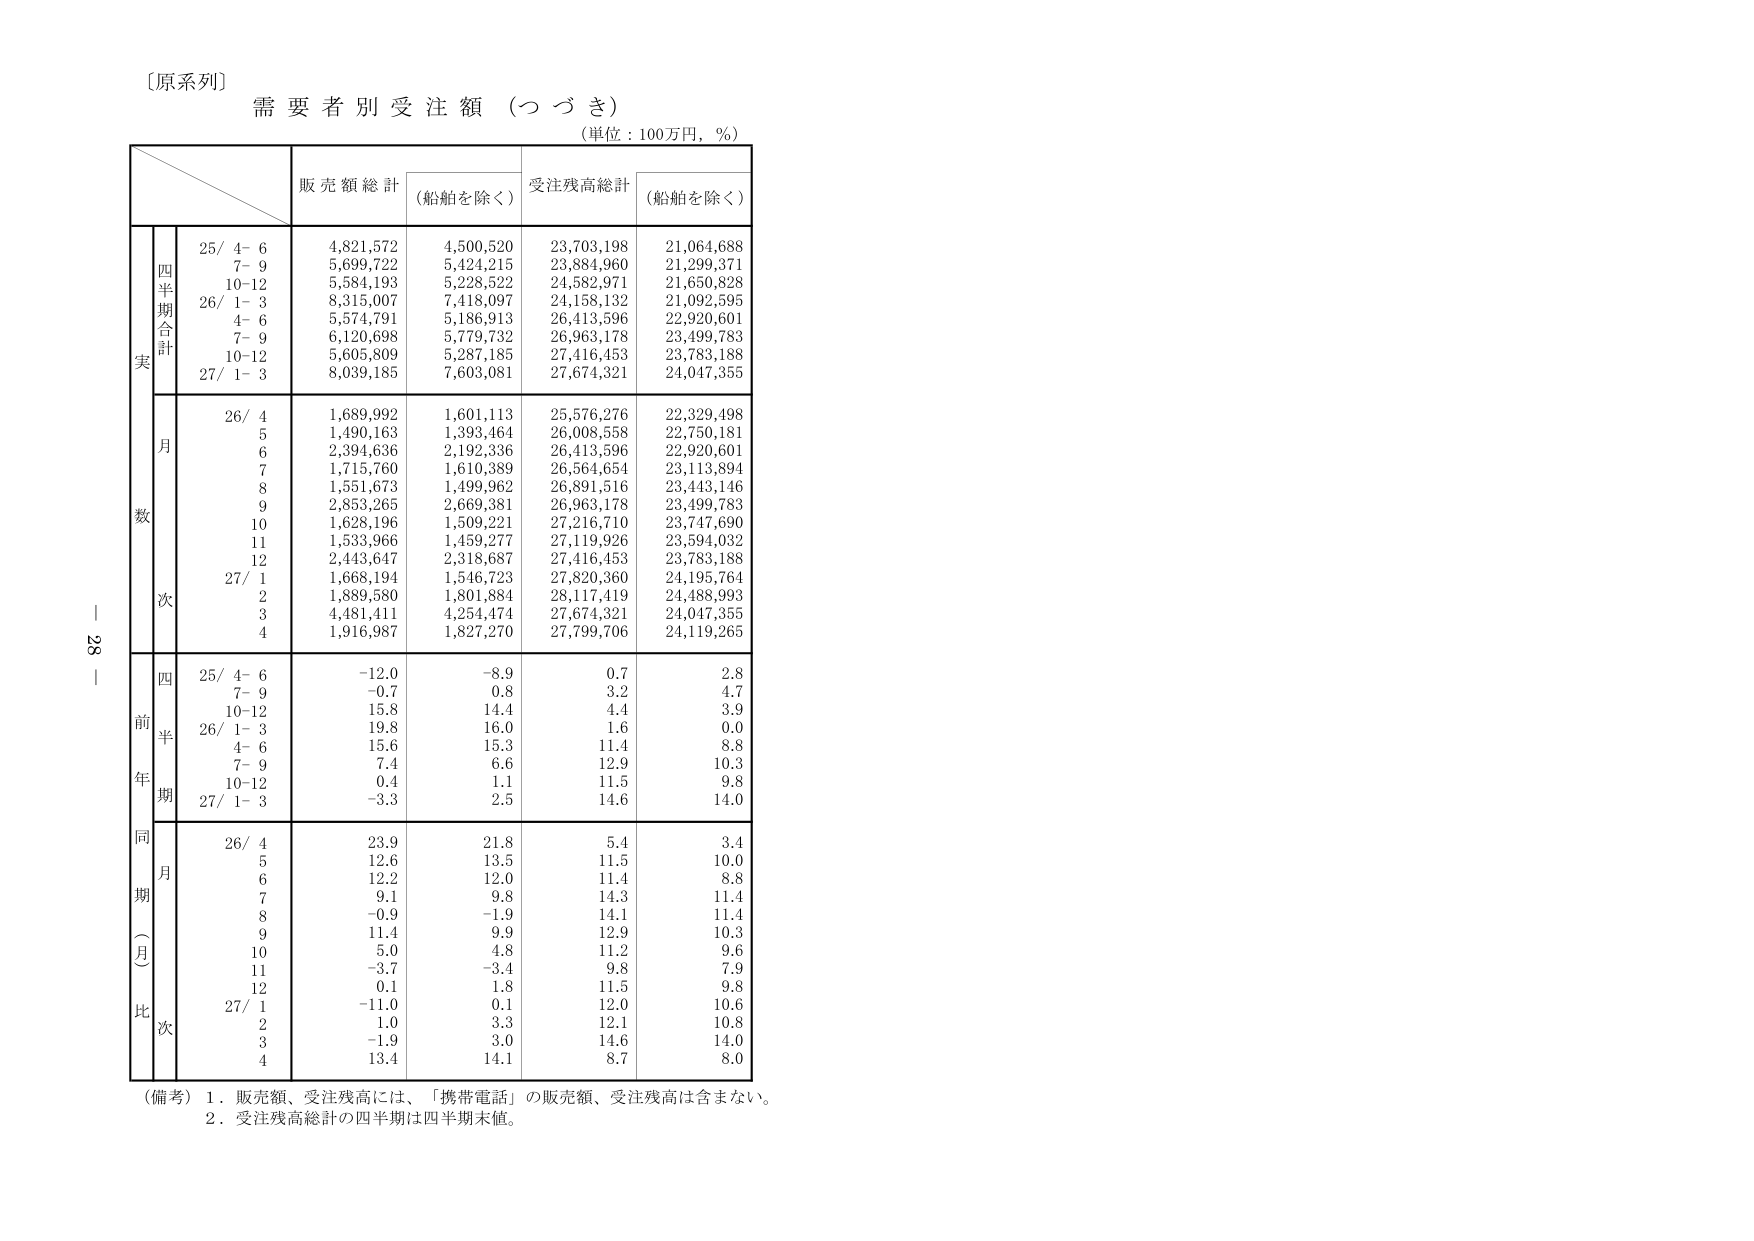
〔原系列〕
需要者別受注額（つづき）
（単位：100万円，％）

販売額総計 （船舶を除く） 受注残高総計 （船舶を除く）

四半期合計
25/ 4- 6 4,821,572 4,500,520 23,703,198 21,064,688
7- 9 5,699,722 5,424,215 23,884,960 21,299,371
10-12 5,584,193 5,228,522 24,582,971 21,650,828
26/ 1- 3 8,315,007 7,418,097 24,158,132 21,092,595
4- 6 5,574,791 5,186,913 26,413,596 22,920,601
7- 9 6,120,698 5,779,732 26,963,178 23,499,783
10-12 5,605,809 5,287,185 27,416,453 23,783,188
27/ 1- 3 8,039,185 7,603,081 27,674,321 24,047,355

月数
26/ 4 1,689,992 1,601,113 25,576,276 22,329,498
5 1,490,163 1,393,464 26,008,558 22,750,181
6 2,394,636 2,192,336 26,413,596 22,920,601
7 1,715,760 1,610,389 26,564,654 23,113,894
8 1,551,673 1,499,962 26,891,516 23,443,146
9 2,853,265 2,669,381 26,963,178 23,499,783
10 1,628,196 1,509,221 27,216,710 23,747,690
11 1,533,966 1,459,277 27,119,926 23,594,032
12 2,443,647 2,318,687 27,416,453 23,783,188
27/ 1 1,668,194 1,546,723 27,820,360 24,195,764
2 1,889,580 1,801,884 28,117,419 24,488,993
3 4,481,411 4,254,474 27,674,321 24,047,355
4 1,916,987 1,827,270 27,799,706 24,119,265

前年同期（月比）次
四半期
25/ 4- 6 -12.0 -8.9 0.7 2.8
7- 9 -0.7 0.8 3.2 4.7
10-12 15.8 14.4 4.4 3.9
26/ 1- 3 19.8 16.0 1.6 0.0
4- 6 15.6 15.3 11.4 8.8
7- 9 7.4 6.6 12.9 10.3
10-12 0.4 1.1 11.5 9.8
27/ 1- 3 -3.3 2.5 14.6 14.0

月
26/ 4 23.9 21.8 5.4 3.4
5 12.6 13.5 11.5 10.0
6 12.2 12.0 11.4 8.8
7 9.1 9.8 14.3 11.4
8 -0.9 -1.9 14.1 11.4
9 11.4 9.9 12.9 10.3
10 5.0 4.8 11.2 9.6
11 -3.7 -3.4 9.8 7.9
12 0.1 1.8 11.5 9.8
27/ 1 -11.0 0.1 12.0 10.6
2 1.0 3.3 12.1 10.8
3 -1.9 3.0 14.6 14.0
4 13.4 14.1 8.7 8.0

（備考）1．販売額、受注残高には、「携帯電話」の販売額、受注残高は含まない。
2．受注残高総計の四半期は四半期末値。